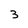
Character: 3